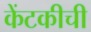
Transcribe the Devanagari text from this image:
केंटकीची